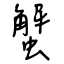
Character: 蟹